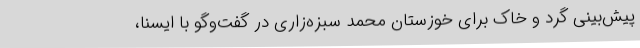
پیش‌بینی گرد و خاک برای خوزستان محمد سبزه‌زاری در گفت‌وگو با ایسنا،